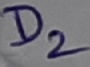
Text: D2